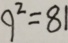
9 ^ { 2 } = 8 1